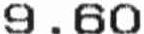
9.60